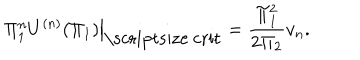
\left. \Pi _ { 1 } ^ { n } U ^ { ( n ) } ( \Pi _ { 1 } ) \right| _ { \mathrm { \scriptsize ~ c r i t } } = \frac { \Pi _ { 1 } ^ { 2 } } { 2 \Pi _ { 2 } } v _ { n } .